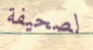
لصحيفة